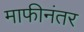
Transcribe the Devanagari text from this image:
माफीनंतर